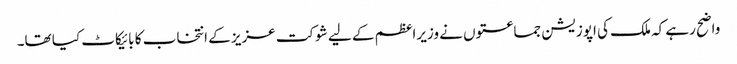
واضح رہے کہ ملک کی اپوزیشن جماعتوں نے وزیراعظم کے لیے شوکت عزیز کے انتخاب کا بائیکاٹ کیا تھا۔